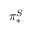
\pi _ { * } ^ { S }